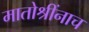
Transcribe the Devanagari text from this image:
मातोश्रींनाच